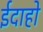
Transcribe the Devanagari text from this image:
ईदाहो